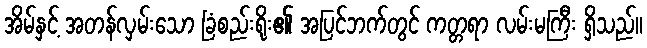
အိမ်နှင့် အတန်လှမ်းသော ခြံစည်းရိုး၏ အပြင်ဘက်တွင် ကတ္တရာ လမ်းမကြီး ရှိသည်။